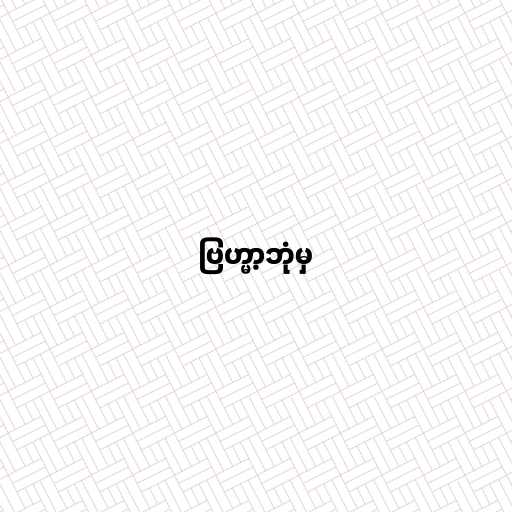
ဗြဟ္မာ့ဘုံမှ